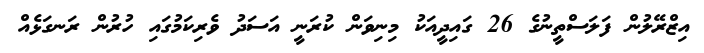
އިޒްރޭލުން ފަލަސްތީނުގެ 26 ގައިދީއަކު މިނިވަން ކުރަނީ އަސަދު ވެރިކަމުގައި ހުރުން ރަނގަޅެއް